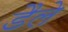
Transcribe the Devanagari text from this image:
डैले